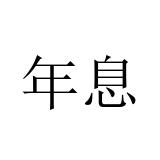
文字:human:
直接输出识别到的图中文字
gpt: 年息